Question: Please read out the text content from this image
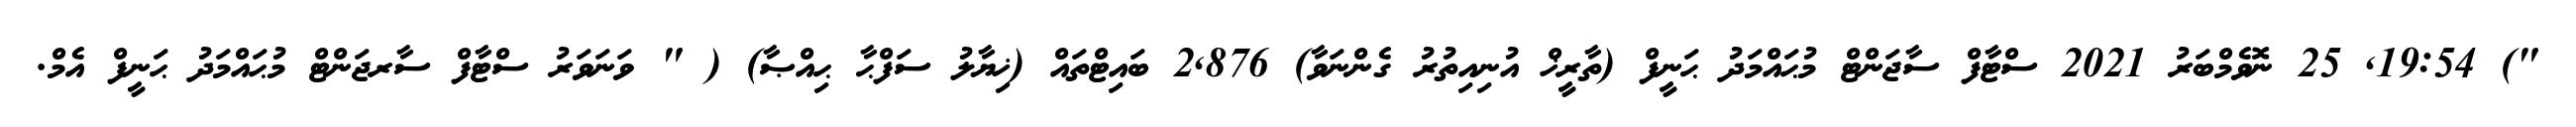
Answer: ") 19:54, 25 ނޮވެމްބަރު 2021 ސްޓާފް ސާޖަންޓް މުޙައްމަދު ޙަނީފް (ތާރީޚް އުނިއިތުރު ގެންނަވާ) 2,876 ބައިޓްތައް (ޚިޔާލު ސަފްޙާ ޙިއްޞާ) ( " ވަނަވަރު ސްޓާފް ސާރޖަންޓް މުޙައްމަދު ޙަނީފް އެމް.